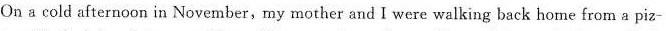
On a cold afternoon in November,my mother and I were walking back home from a piz-